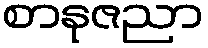
စာနုဇညာ